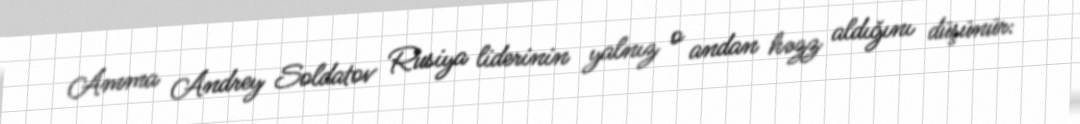
Amma Andrey Soldatov Rusiya liderinin yalnız o andan həzz aldığını düşünür: